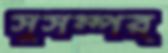
সুসম্পর্